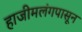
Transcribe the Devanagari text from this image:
हाजीमलंगपासून